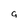
Character: g